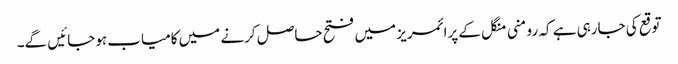
توقع کی جارہی ہے کہ رومنی منگل کے پرائمریز میں فتح حاصل کرنے میں کامیاب ہوجائیں گے۔